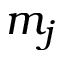
m _ { j }